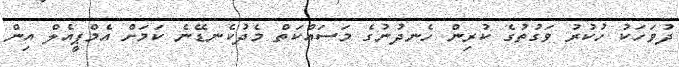
ދުވަހަކު ހުކުރު ވަގުތުގެ ކުރިން ހެނދުނުގެ މަސައްކަތް މެދުކެނޑޭނެ ކަމަށް އެމްޕީއެލް އިން